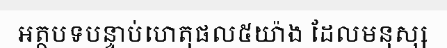
អត្ថបទបន្ទាប់ហេតុផល៥យ៉ាង ដែលមនុស្ស